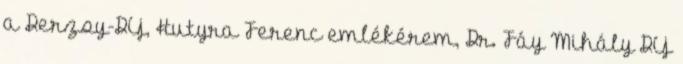
a Derzsy-Díj, Hutyra Ferenc emlékérem, Dr. Fáy Mihály Díj